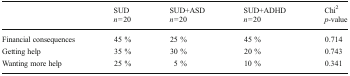
|  | SUDn = 20 | SUD+ASDn = 20 | SUD+ADHDn = 20 | Chi2p-value |
 | --- | --- | --- | --- | --- |
 | Financial consequences | 45 % | 25 % | 45 % | 0.714 |
 | Getting help | 35 % | 30 % | 20 % | 0.743 |
 | Wanting more help | 25 % | 5 % | 10 % | 0.341 |